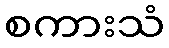
စကားသံ